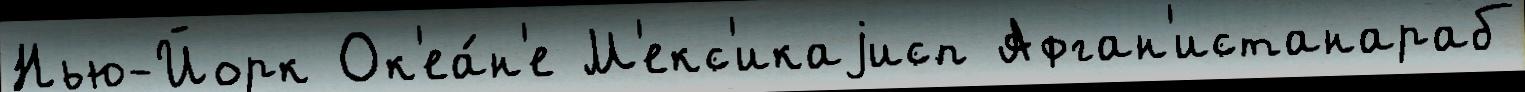
Нью-Йорк Ок'еа́н'е М'екс'икаjисп Афган'истанараб